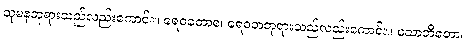
သုမနဘုရားသည်လည်းကောင်း။ ရေဝတောစ၊ ရေဝတဘုရားသည်လည်းကောင်း။ သောဘိတော၊